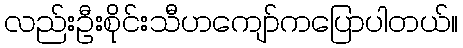
လည်းဦးစိုင်းသီဟကျော်ကပြောပါတယ်။